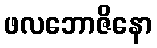
ဖလဘောဇိနော